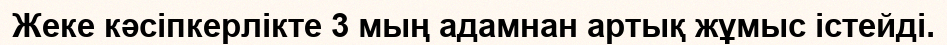
Жеке кәсіпкерлікте 3 мың адамнан артық жұмыс істейді.